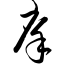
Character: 庠